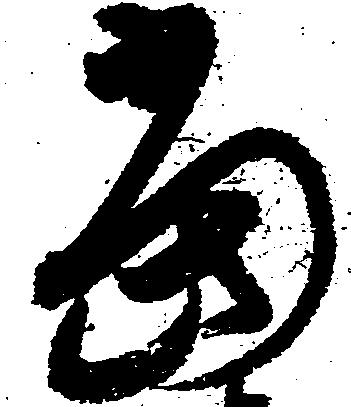
当